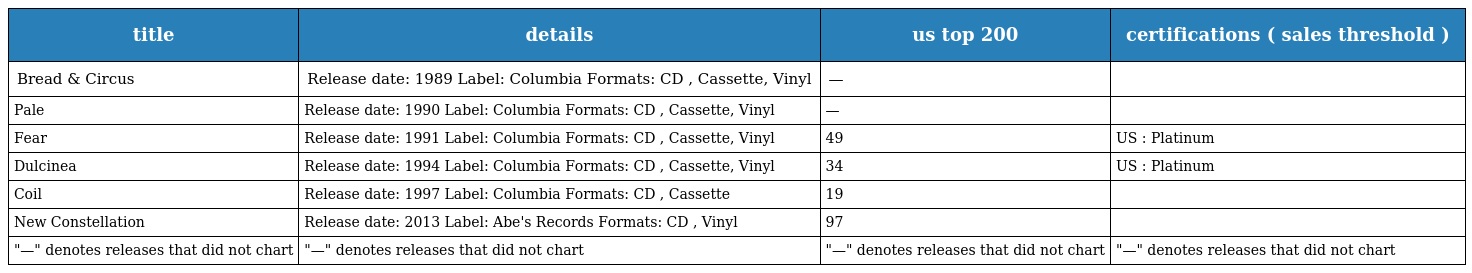
| title | details | us top 200 | certifications ( sales threshold ) |
 | --- | --- | --- | --- |
 | Bread & Circus | Release date: 1989 Label: Columbia Formats: CD , Cassette, Vinyl | — |  |
 | Pale | Release date: 1990 Label: Columbia Formats: CD , Cassette, Vinyl | — |  |
 | Fear | Release date: 1991 Label: Columbia Formats: CD , Cassette, Vinyl | 49 | US : Platinum |
 | Dulcinea | Release date: 1994 Label: Columbia Formats: CD , Cassette, Vinyl | 34 | US : Platinum |
 | Coil | Release date: 1997 Label: Columbia Formats: CD , Cassette | 19 |  |
 | New Constellation | Release date: 2013 Label: Abe's Records Formats: CD , Vinyl | 97 |  |
 | "—" denotes releases that did not chart | "—" denotes releases that did not chart | "—" denotes releases that did not chart | "—" denotes releases that did not chart |